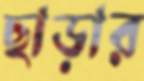
ছাড়ার